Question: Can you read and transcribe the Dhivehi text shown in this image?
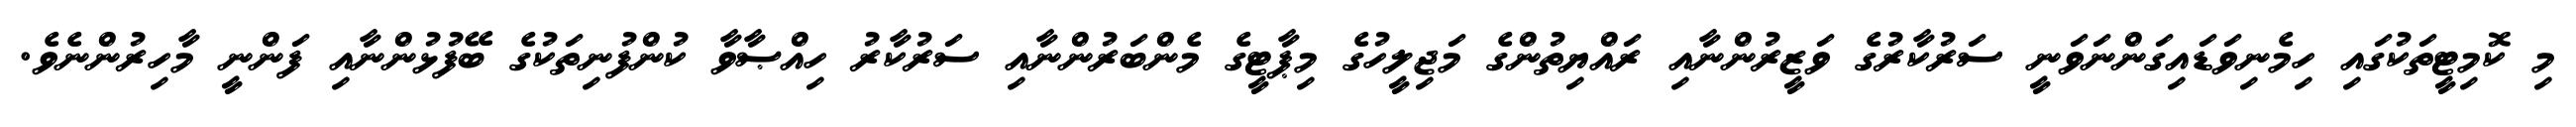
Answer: މި ކޮމިޓީތަކުގައި ހިމެނިވަޑައިގަންނަވަނީ ސަރުކާރުގެ ވަޒީރުންނާއި ރައްޔިތުންގެ މަޖިލީހުގެ މިޕާޓީގެ މެންބަރުންނާއި ސަރުކާރު ހިއްޞާވާ ކުންފުނިތަކުގެ ބޭފުޅުންނާއި ފަންނީ މާހިރުންނެވެ.